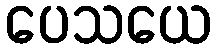
ပေသယေ